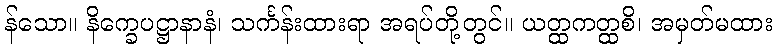
န်သော။ နိက္ခေပဋ္ဌာနာနံ၊ သင်္ကန်းထားရာ အရပ်တို့တွင်။ ယတ္ထကတ္ထစိ၊ အမှတ်မထား